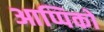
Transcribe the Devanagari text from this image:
आप्पिकों